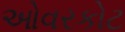
ઓવરકોટ